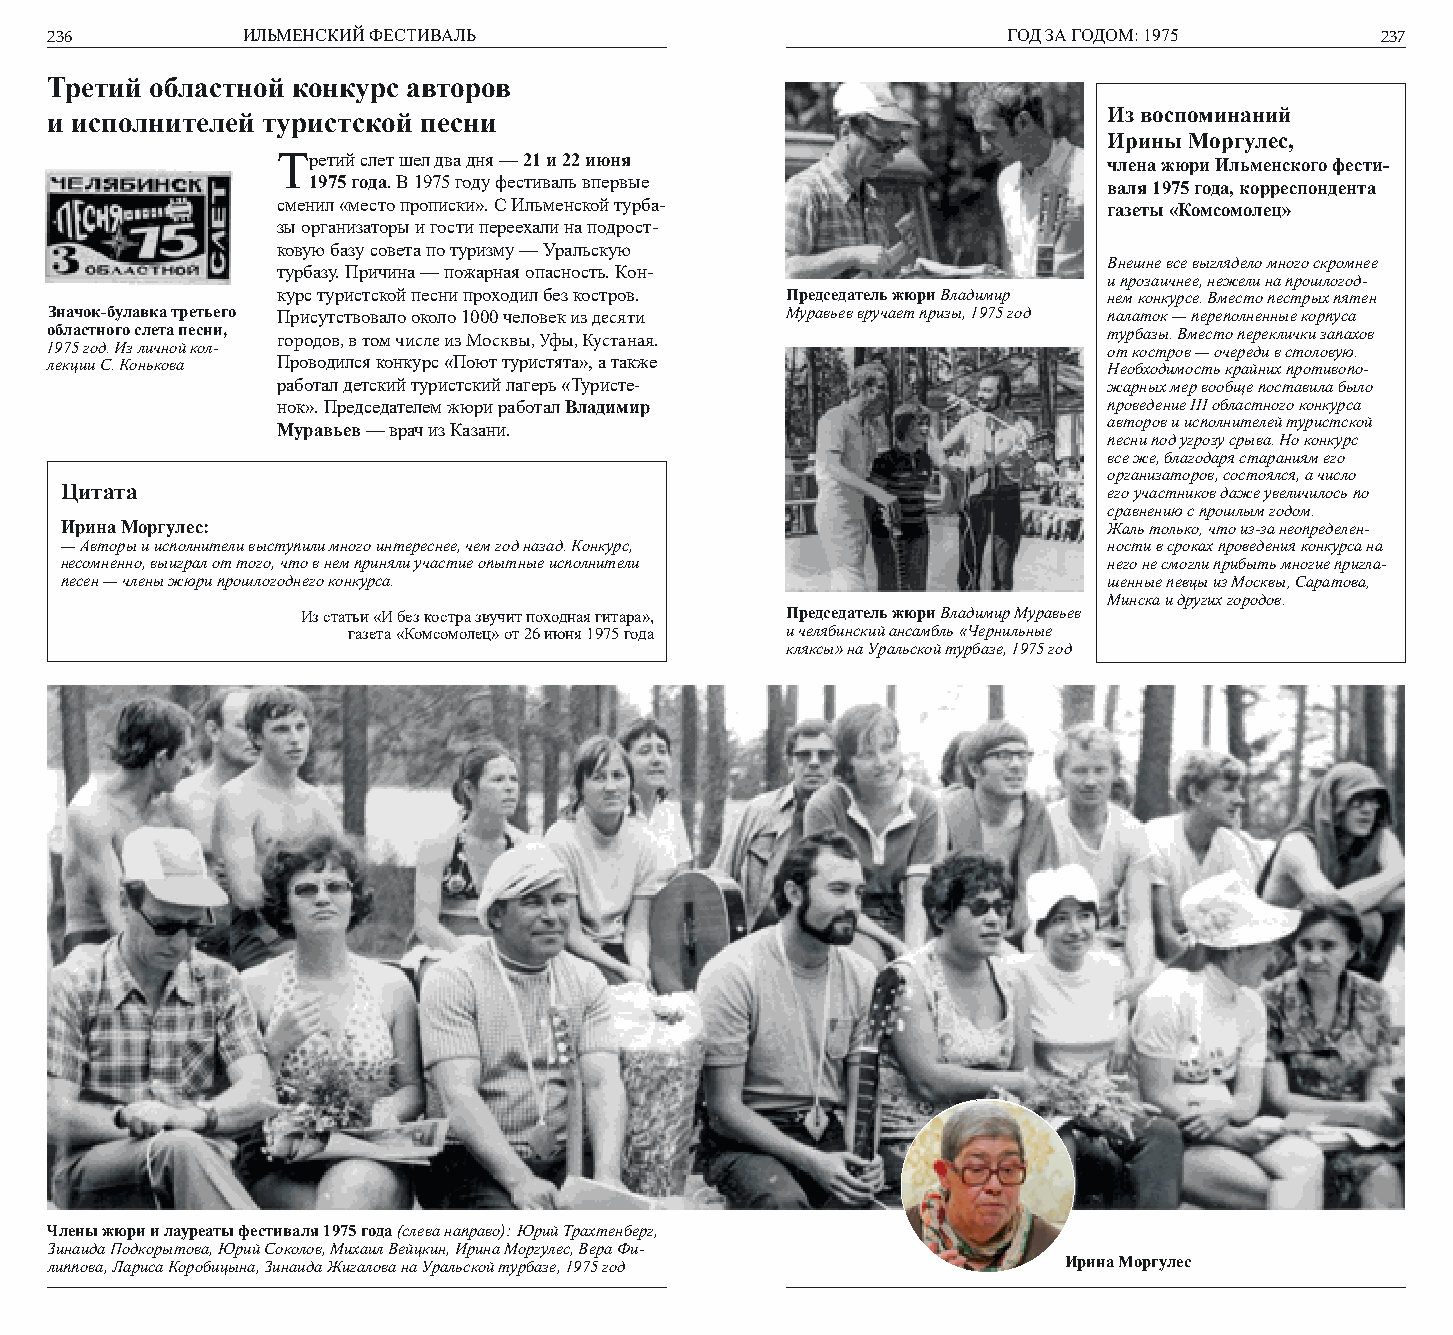
236          ИЛЬМЕНСКИЙ ФЕСТИВАЛЬ                               ГОД ЗА ГОДОМ: 1975      237
 Третий областной конкурс авторов
 и исполнителей туристской песни                                       Из воспоминаний
 Ирины Моргулес,
 Третий слет шел два дня — 21 и 22 июня                 члена жюри Ильменского фести-
 1975 года. В 1975 году фестиваль впервые             валя 1975 года, корреспондента
 сменил «место прописки». С Ильменской турба-           газеты «Комсомолец»
 зы организаторы и гости переехали на подрост-
 ковую базу совета по туризму — Уральскую
 Внешне все выглядело много скромнее
 турбазу. Причина — пожарная опасность. Кон-
 и прозаичнее, нежели на прошлогод-
 курс туристской песни проходил без костров. Председатель жюри Владимир нем конкурсе. Вместо пестрых пятен
 Значок-булавка третьего Присутствовало около 1000 человек из десяти Муравьев вручает призы, 1975 год палаток — переполненные корпуса
 областного слета песни,                                               турбазы. Вместо переклички запахов
 городов, в том числе из Москвы, Уфы, Кустаная.
 1975 год. Из личной кол-                                              от костров — очереди в столовую.
 лекции С. Конькова Проводился конкурс «Поют туристята», а также       Необходимость крайних противопо-
 работал детский туристский лагерь «Туристе-            жарных мер вообще поставила было
 нок». Председателем жюри работал Владимир              проведение III областного конкурса
 авторов и исполнителей туристской
 Муравьев — врач из Казани.
 песни под угрозу срыва. Но конкурс
 все же, благодаря стараниям его
 организаторов, состоялся, а число
 Цитата                                                               его участников даже увеличилось по
 сравнению с прошлым годом.
 Ирина Моргулес:                                                      Жаль только, что из-за неопределен-
 — Авторы и исполнители выступили много интереснее, чем год назад. Конкурс, ности в сроках проведения конкурса на
 несомненно, выиграл от того, что в нем приняли участие опытные исполнители него не смогли прибыть многие пригла-
 песен — члены жюри прошлогоднего конкурса.                           шенные певцы из Москвы, Саратова,
 Минска и других городов.
 Из статьи «И без костра звучит походная гитара», Председатель жюри Владимир Муравьев
 газета «Комсомолец» от 26 июня 1975 года и челябинский ансамбль «Чернильные
 кляксы» на Уральской турбазе, 1975 год
 Члены жюри и лауреаты фестиваля 1975 года (слева направо): Юрий Трахтенберг,
 Зинаида Подкорытова, Юрий Соколов, Михаил Вейцкин, Ирина Моргулес, Вера Фи-
 липпова, Лариса Коробицына, Зинаида Жигалова на Уральской турбазе, 1975 год Ирина Моргулес